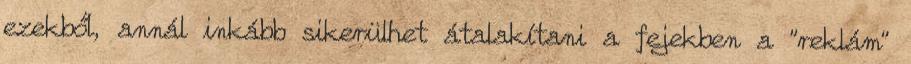
ezekből, annál inkább sikerülhet átalakítani a fejekben a "reklám"